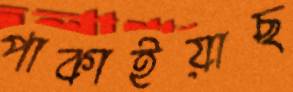
পাকাইয়াছ